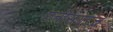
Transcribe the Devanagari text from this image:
छत्तीसगडच